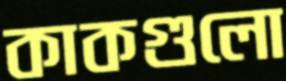
কাকগুলো